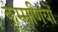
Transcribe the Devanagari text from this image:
कुम्मणियों